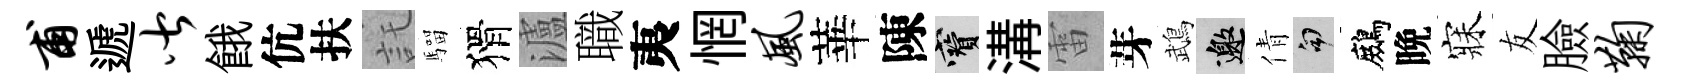
甫遞皆餓伉扶託騮猾瀘職夷惘风華陳寶溝雷芽鵡邀倩句鷓晩寐友臉鞠